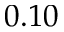
0 . 1 0